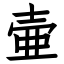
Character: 壷